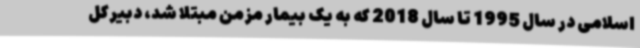
اسلامی در سال 1995 تا سال 2018 که به یک بیمار مزمن مبتلا شد، دبیرکل